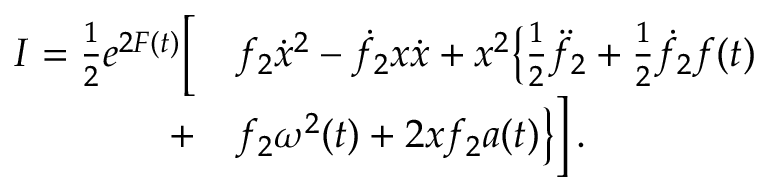
\begin{array} { r l } { I = { \textstyle \frac { 1 } { 2 } } e ^ { 2 F ( t ) } \Big [ } & { { } f _ { 2 } \dot { x } ^ { 2 } - \dot { f } _ { 2 } x \dot { x } + x ^ { 2 } \big \{ { \textstyle \frac { 1 } { 2 } } \ddot { f } _ { 2 } + { \textstyle \frac { 1 } { 2 } } \dot { f } _ { 2 } f ( t ) } \\ { + } & { { } f _ { 2 } \omega ^ { 2 } ( t ) + 2 x f _ { 2 } a ( t ) \big \} \Big ] \, . } \end{array}